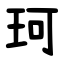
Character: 珂